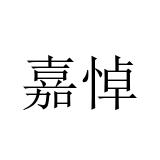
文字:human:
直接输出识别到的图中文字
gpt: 嘉悼